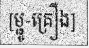
[ម្ជូ-គ្រឿង]